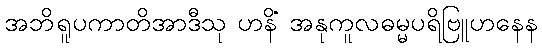
အဘိရူပကာတိအာဒီသု ဟနိံ အနုကူလဓမ္မပရိဗြူဟနေန